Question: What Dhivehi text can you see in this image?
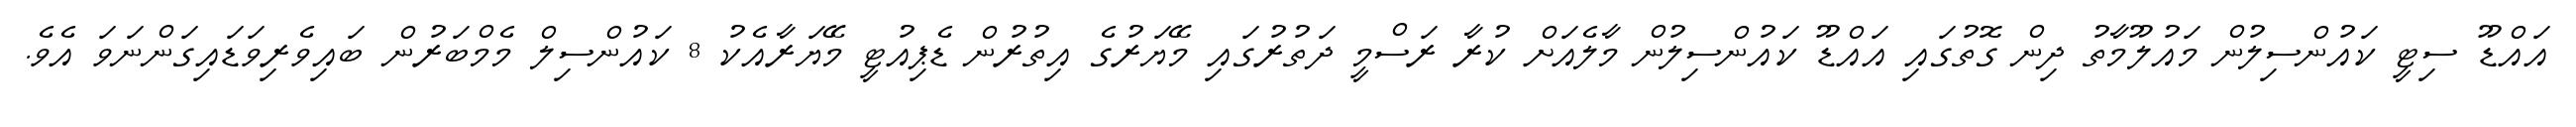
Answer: އައްޑޫ ސިޓީ ކައުންސިލުން މައުލޫމާތު ދިން ގޮތުގައި އައްޑޫ ކައުންސިލުން މާލެއަށް ކުރާ ރަސްމީ ދަތުރުގައި މޭޔަރުގެ އިތުރުން ޑެޕިއުޓީ މޭޔަރާއެކު 8 ކައުންސިލް މެމްބަރުން ބައިވެރިވަޑައިގަންނަވަ އެވެ.